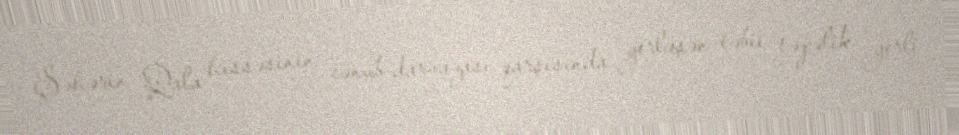
Şəhərin Qala hissəsinin cənub darvazası qarşısında yerləşən təbii təpəlik yerli